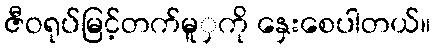
ဇီဝရုပ်မြင့်တက်မူှကို နှေးစေပါတယ်။